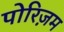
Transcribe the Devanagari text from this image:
पोरिज़म